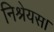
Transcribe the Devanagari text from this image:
निश्रेयस।